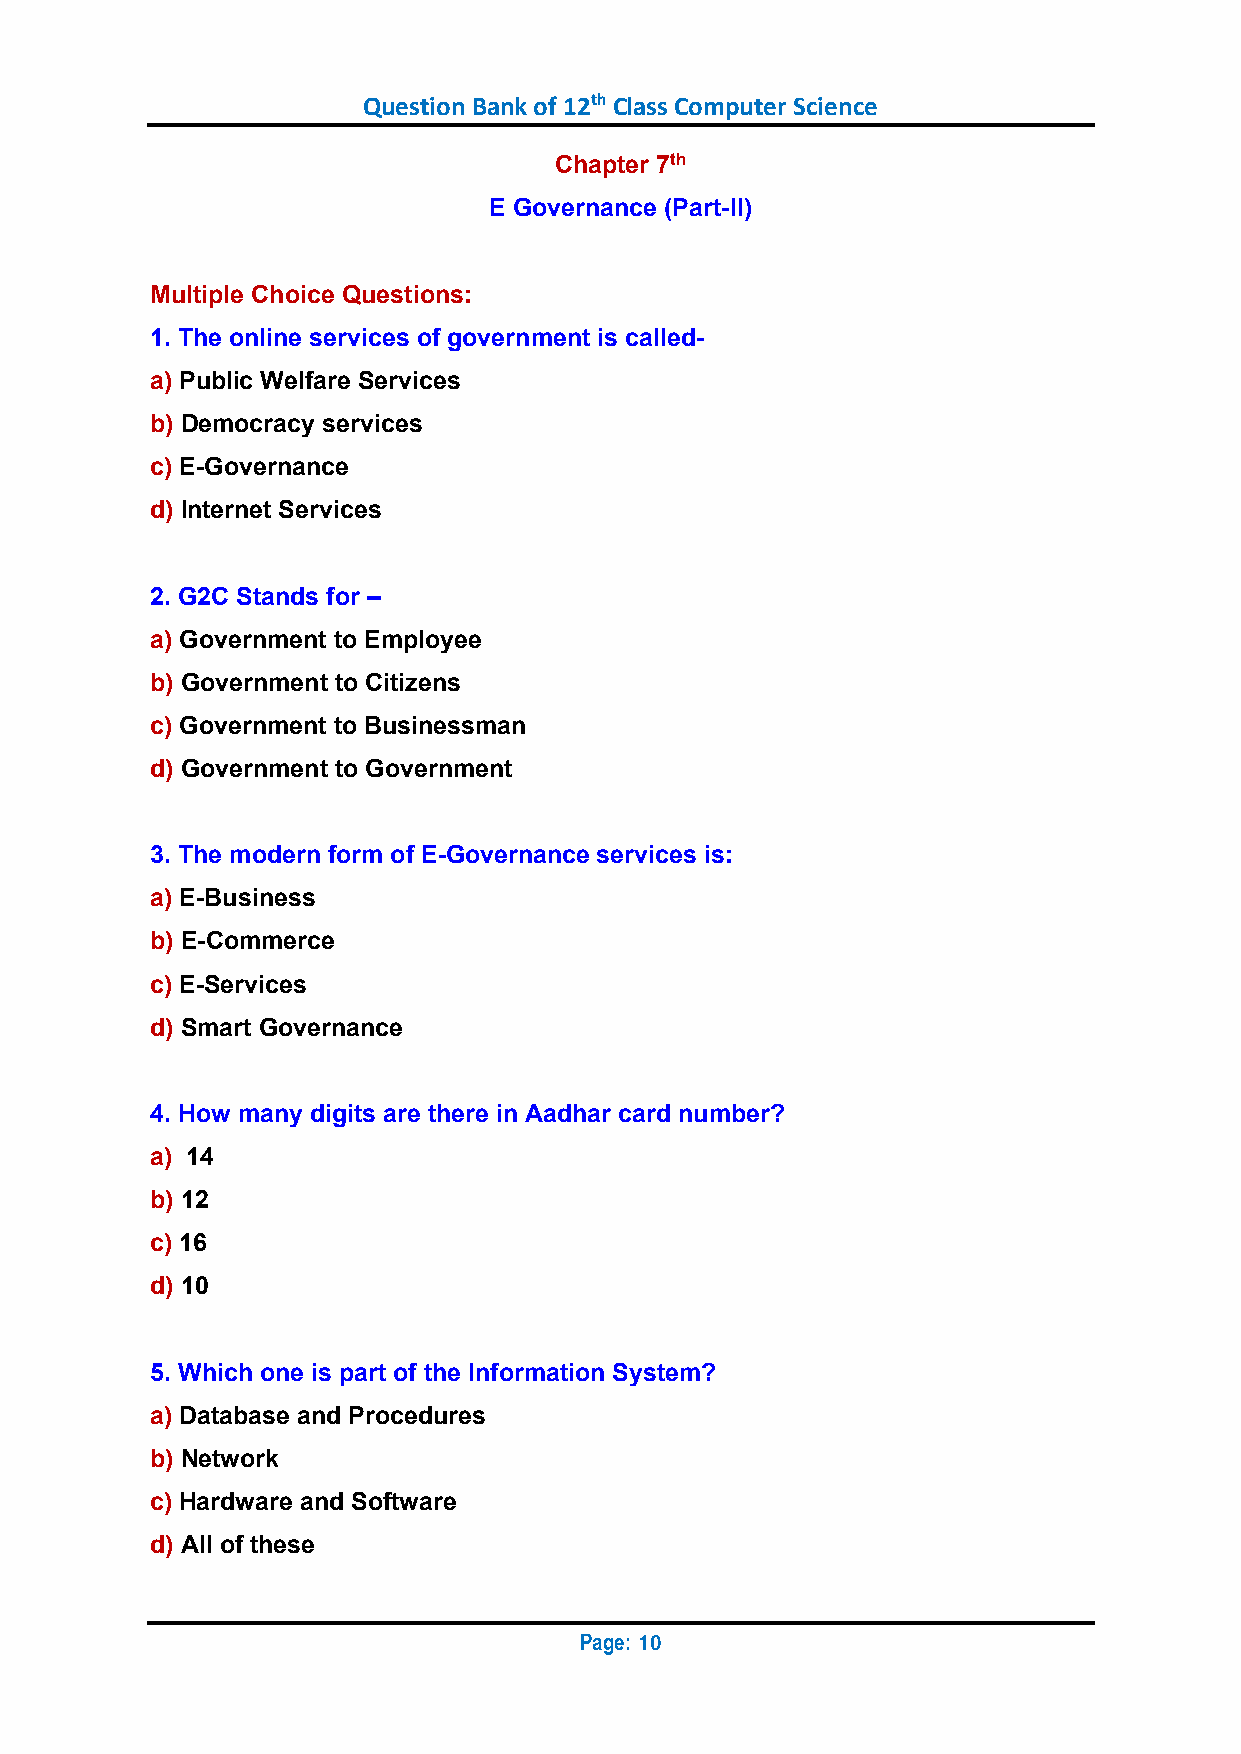
Question Bank of 12th Class Computer Science
 Chapter 7th
 E Governance (Part-II)
 Multiple Choice Questions:
 1. The online services of government is called-
 a) Public Welfare Services
 b) Democracy services
 c) E-Governance
 d) Internet Services
 2. G2C Stands for –
 a) Government to Employee
 b) Government to Citizens
 c) Government to Businessman
 d) Government to Government
 3. The modern form of E-Governance services is:
 a) E-Business
 b) E-Commerce
 c) E-Services
 d) Smart Governance
 4. How many digits are there in Aadhar card number?
 a) 14
 b) 12
 c) 16
 d) 10
 5. Which one is part of the Information System?
 a) Database and Procedures
 b) Network
 c) Hardware and Software
 d) All of these
 Page:
 10